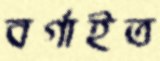
বর্গাইত